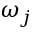
\omega _ { j }